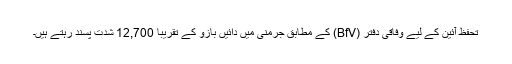
تحفظِ آئین کے لیے وفاقی دفتر (BfV) کے مطابق جرمنی میں دائیں بازو کے تقریباً 12,700 شدت پسند رہتے ہیں۔